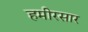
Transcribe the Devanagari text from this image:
हमीरसार